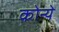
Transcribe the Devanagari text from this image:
कोन्ये